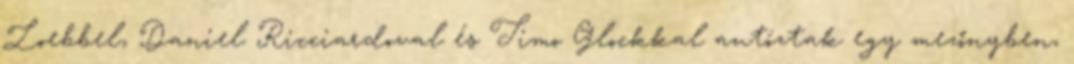
Loebbel, Daniel Ricciardoval és Timo Glockkal autóztak egy mezőnyben,